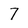
Character: 7